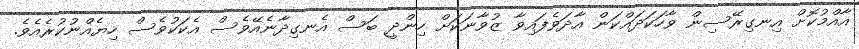
އާއްމުކޮށް އިނގިރޭސިން ވާހަކަދައްކަން އާދަވެފައިވާ ޒުވާނަކަށް ހިންދީ ބަސް އެނގިދާނެއޭވެސް އެކަކުވެސް ހިޔެއްނުކުރެއެވެ.